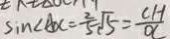
\sin \angle A x = \frac { 2 } { 5 } \sqrt { 5 } = \frac { C H } { O C }